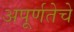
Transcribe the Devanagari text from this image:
अपूर्णतेचे